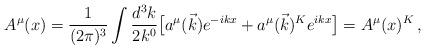
LaTeX: \begin{align*}A^\mu (x)=\frac{1}{(2 \pi)^3} \int \frac{d^3 k}{2 k^0} \bigl[ a^\mu (\vec{k}) e^{-ikx} + a^\mu (\vec{k})^K e^{ikx} \bigr] =A^\mu(x)^K \, ,\end{align*}